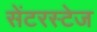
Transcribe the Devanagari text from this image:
सेंटरस्टेज